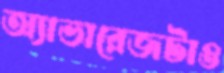
অ্যাভারেজটাও